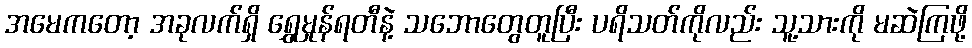
အမေကတော့ အခုလက်ရှိ ရွှေမှုန်ရတီနဲ့ သဘောတွေတူပြီး ပရိသတ်ကိုလည်း သူ့သားကို မဆဲကြဖို့